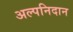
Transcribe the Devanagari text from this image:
अल्पनिदान